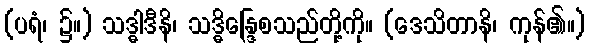
(ပရံ၊ ၌။) သဒ္ဓါဒီနိ၊ သဒ္ဓိန္ဒြေစသည်တို့ကို။ (ဒေသိတာနိ၊ ကုန်၏။)